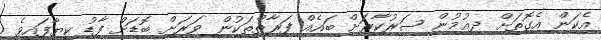
އެކަން އެގޮތަށް ދިއުމުން ސަރުކާރަށް ބައެއް ފަރާތްތަކުން ވަރަށް ބޮޑަށް ފާޑު ކިޔާފައިވެ